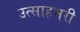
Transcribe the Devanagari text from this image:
उत्साहभरी